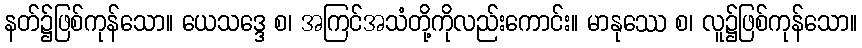
နတ်၌ဖြစ်ကုန်သော။ ယေသဒ္ဒေ စ၊ အကြင်အသံတို့ကိုလည်းကောင်း။ မာနုဿေ စ၊ လူ၌ဖြစ်ကုန်သော။